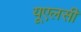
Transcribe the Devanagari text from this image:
यूएलसी